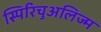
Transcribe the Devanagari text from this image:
स्पिरिचुअलिज्म